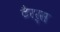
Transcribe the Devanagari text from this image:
टैरर्स